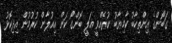
ގަބޯންގެ އިންތިހާބު ކާމިޔާބު ކުރެއްވީ އަލީ ބޮންގޯ ކަން އިއުލާން ކުރުމުން އިދިކޮޅު